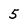
Character: 5